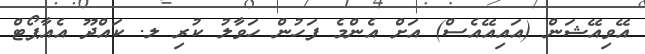
އޭވިއޭޝަން (އައިއޭއެސް) އަށް އެންމެ ފަހުން ހަވާލު ކުރި ލ. ކައްދޫ އެއާޕޯޓް